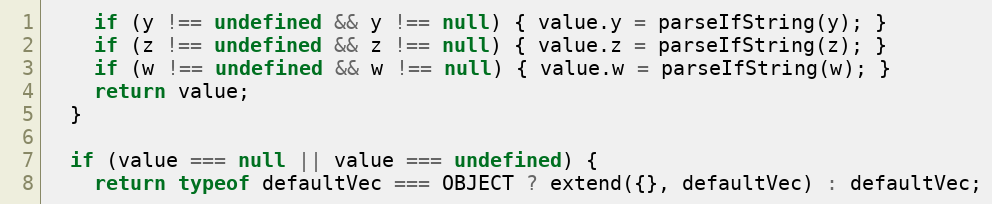
Language: JavaScript
    if (y !== undefined && y !== null) { value.y = parseIfString(y); }
    if (z !== undefined && z !== null) { value.z = parseIfString(z); }
    if (w !== undefined && w !== null) { value.w = parseIfString(w); }
    return value;
  }

  if (value === null || value === undefined) {
    return typeof defaultVec === OBJECT ? extend({}, defaultVec) : defaultVec;